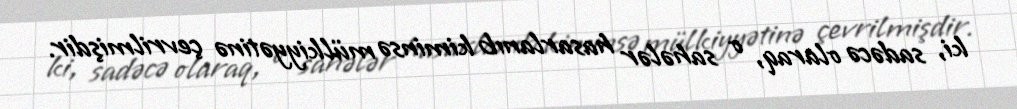
ki, sadəcə olaraq, o sahələr hasarlanıb kiminsə mülkiyyətinə çevrilmişdir.